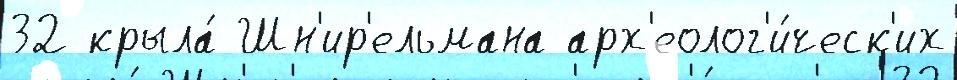
32 крыла́ Шн'ир'ельмана арх'еолог'и́ческ'их